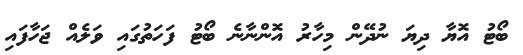
ބޯޓު އޮޔާ ދިޔަ ނުދޭން މިހާރު އޮންނާނެ ބޯޓު ފަހަތުގައި ވަލެއް ޖަހާފައި